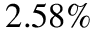
2 . 5 8 \%